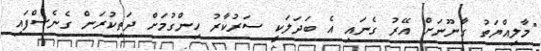
"މާލިއްޔަތު ގާނޫނަށް އޭރު ގެނައި އެ ބަދަލަކީ ސަރުކާރު ހިންގުމަށް ދަތިކުރަން ގެނެސްފައި